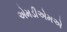
એમડીએમએ